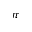
\pi